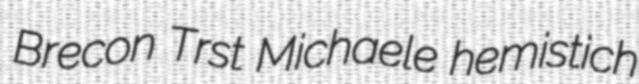
Brecon Trst Michaele hemistich